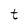
Character: t